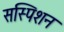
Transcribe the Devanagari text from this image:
सस्पिशन